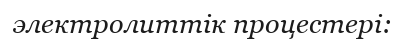
электролиттік процестері: